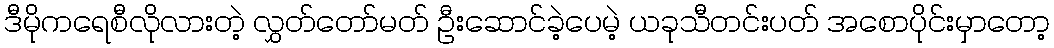
ဒီမိုကရေစီလိုလားတဲ့ လွှတ်တော်မတ် ဦးဆောင်ခဲ့ပေမဲ့ ယခုသီတင်းပတ် အစောပိုင်းမှာတော့